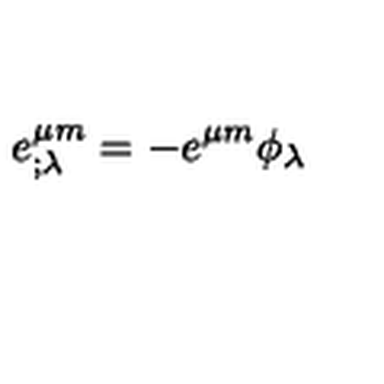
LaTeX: e _ { ; \lambda } ^ { \mu m } = - e ^ { \mu m } \phi _ { \lambda }